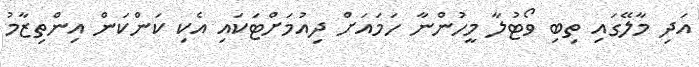
އަދި މާލޭގައި ތިބި ވޯޓުލާ މީހުންނާ ހަމައަށް ދިއުމަށްޓަކައި އެކި ކަންކަން އިންތިޒާމު